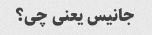
جانیس یعنی چی؟